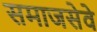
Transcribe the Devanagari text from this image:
समाजसेवे